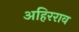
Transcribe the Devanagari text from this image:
अहिरराव